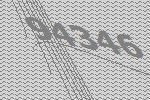
94346